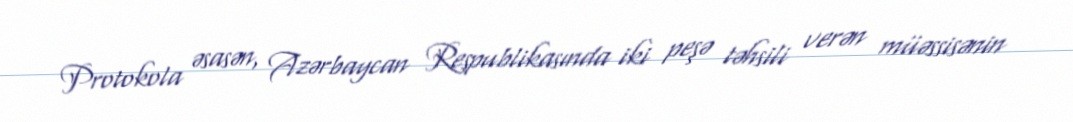
Protokola əsasən, Azərbaycan Respublikasında iki peşə təhsili verən müəssisənin